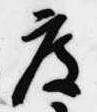
度